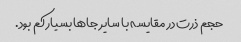
حجم ذرت در مقایسه با سایر جاها بسیار کم بود.